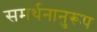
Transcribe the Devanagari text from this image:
समर्थनानुरूप